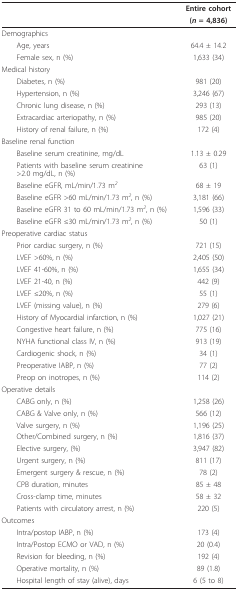
<table><thead><tr><td>[EMPTY_CELL]</td><td><b>Entire cohort</b></td></tr><tr><td>[EMPTY_CELL]</td><td><b>(<i>n </i>= 4,836)</b></td></tr></thead><tbody><tr><td>Demographics</td><td>[EMPTY_CELL]</td></tr><tr><td> Age, years</td><td>64.4 ± 14.2</td></tr><tr><td> Female sex, n (%)</td><td>1,633 (34)</td></tr><tr><td>Medical history</td><td>[EMPTY_CELL]</td></tr><tr><td> Diabetes, n (%)</td><td>981 (20)</td></tr><tr><td> Hypertension, n (%)</td><td>3,246 (67)</td></tr><tr><td> Chronic lung disease, n (%)</td><td>293 (13)</td></tr><tr><td> Extracardiac arteriopathy, n (%)</td><td>985 (20)</td></tr><tr><td> History of renal failure, n (%)</td><td>172 (4)</td></tr><tr><td>Baseline renal function</td><td>[EMPTY_CELL]</td></tr><tr><td> Baseline serum creatinine, mg/dL</td><td>1.13 ± 0.29</td></tr><tr><td> Patients with baseline serum creatinine &gt;2.0 mg/dL, n (%)</td><td>63 (1)</td></tr><tr><td> Baseline eGFR, mL/min/1.73 m<sup><i>2</i></sup></td><td>68 ± 19</td></tr><tr><td> Baseline eGFR &gt;60 mL/min/1.73 m<sup><i>2</i></sup>, n (%)</td><td>3,181 (66)</td></tr><tr><td> Baseline eGFR 31 to 60 mL/min/1.73 m<sup><i>2</i></sup>, n (%)</td><td>1,596 (33)</td></tr><tr><td> Baseline eGFR ≤30 mL/min/1.73 m<sup><i>2</i></sup>, n (%)</td><td>50 (1)</td></tr><tr><td>Preoperative cardiac status</td><td>[EMPTY_CELL]</td></tr><tr><td> Prior cardiac surgery, n (%)</td><td>721 (15)</td></tr><tr><td> LVEF &gt;60%, n (%)</td><td>2,405 (50)</td></tr><tr><td> LVEF 41-60%, n (%)</td><td>1,655 (34)</td></tr><tr><td> LVEF 21-40, n (%)</td><td>442 (9)</td></tr><tr><td> LVEF ≤20%, n (%)</td><td>55 (1)</td></tr><tr><td> LVEF (missing value), n (%)</td><td>279 (6)</td></tr><tr><td> History of Myocardial infarction, n (%)</td><td>1,027 (21)</td></tr><tr><td> Congestive heart failure, n (%)</td><td>775 (16)</td></tr><tr><td> NYHA functional class IV, n (%)</td><td>913 (19)</td></tr><tr><td> Cardiogenic shock, n (%)</td><td>34 (1)</td></tr><tr><td> Preoperative IABP, n (%)</td><td>77 (2)</td></tr><tr><td> Preop on inotropes, n (%)</td><td>114 (2)</td></tr><tr><td>Operative details</td><td>[EMPTY_CELL]</td></tr><tr><td> CABG only, n (%)</td><td>1,258 (26)</td></tr><tr><td> CABG &amp; Valve only, n (%)</td><td>566 (12)</td></tr><tr><td> Valve surgery, n (%)</td><td>1,196 (25)</td></tr><tr><td> Other/Combined surgery, n (%)</td><td>1,816 (37)</td></tr><tr><td> Elective surgery, (%)</td><td>3,947 (82)</td></tr><tr><td> Urgent surgery, n (%)</td><td>811 (17)</td></tr><tr><td> Emergent surgery &amp; rescue, n (%)</td><td>78 (2)</td></tr><tr><td> CPB duration, minutes</td><td>85 ± 48</td></tr><tr><td> Cross-clamp time, minutes</td><td>58 ± 32</td></tr><tr><td> Patients with circulatory arrest, n (%)</td><td>220 (5)</td></tr><tr><td>Outcomes</td><td>[EMPTY_CELL]</td></tr><tr><td> Intra/postop IABP, n (%)</td><td>173 (4)</td></tr><tr><td> Intra/Postop ECMO or VAD, n (%)</td><td>20 (0.4)</td></tr><tr><td> Revision for bleeding, n (%)</td><td>192 (4)</td></tr><tr><td> Operative mortality, n (%)</td><td>89 (1.8)</td></tr><tr><td> Hospital length of stay (alive), days</td><td>6 (5 to 8)</td></tr></tbody></table>